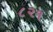
૮૨૧